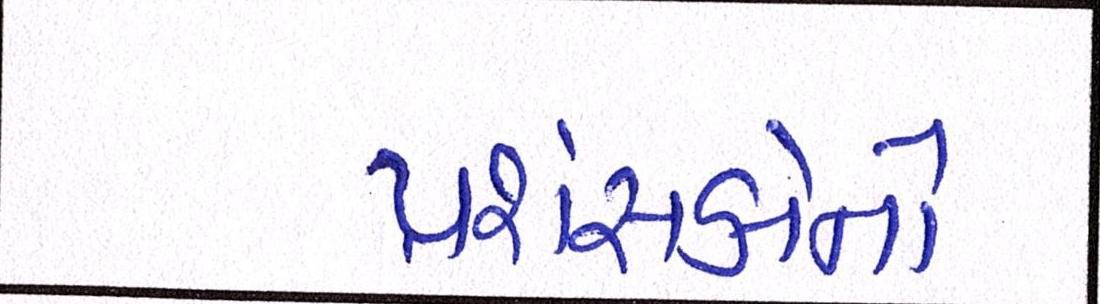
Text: પ્રશંસકોનો